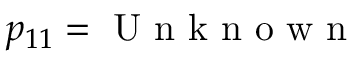
p _ { 1 1 } = \mathrm { ~ U ~ n ~ k ~ n ~ o ~ w ~ n ~ }